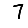
Digit: 7